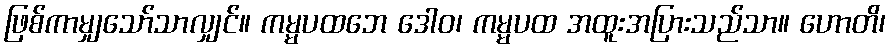
ဖြစ်ကာမျှသော်သာလျှင်။ ကမ္မပထဘေ ဒေါဝ၊ ကမ္မပထ အထူးအပြားသည်သာ။ ဟောတိ၊